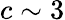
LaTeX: c\sim 3